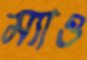
ম্যাও